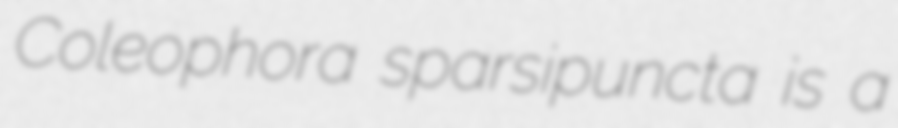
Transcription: Coleophora sparsipuncta is a